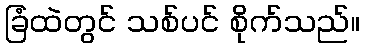
ခြံထဲတွင် သစ်ပင် စိုက်သည်။